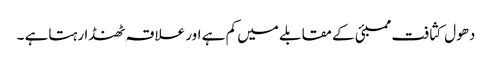
دھول کثافت ممبئی کے مقابلے میں کم ہے اور علاقہ ٹھنڈا رہتاہے ۔